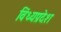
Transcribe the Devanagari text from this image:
विंध्यप्रदेश